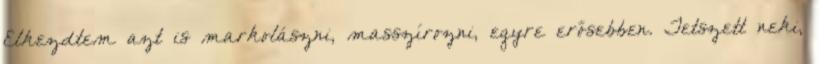
Elkezdtem azt is markolászni, masszírozni, egyre erősebben. Tetszett neki,